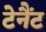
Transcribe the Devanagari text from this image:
टेनैंट